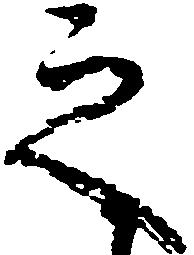
之